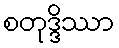
စတုဒ္ဒိဿာ